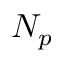
N _ { p }